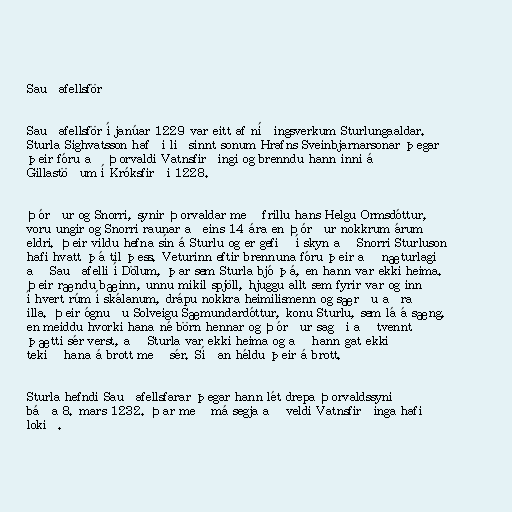
Sauðafellsför

Sauðafellsför í janúar 1229 var eitt af níðingsverkum Sturlungaaldar.
Sturla Sighvatsson hafði liðsinnt sonum Hrafns Sveinbjarnarsonar þegar
þeir fóru að Þorvaldi Vatnsfirðingi og brenndu hann inni á
Gillastöðum í Króksfirði 1228.

Þórður og Snorri, synir Þorvaldar með frillu hans Helgu Ormsdóttur,
voru ungir og Snorri raunar aðeins 14 ára en Þórður nokkrum árum
eldri. Þeir vildu hefna sín á Sturlu og er gefið í skyn að Snorri Sturluson
hafi hvatt þá til þess. Veturinn eftir brennuna fóru þeir að næturlagi
að Sauðafelli í Dölum, þar sem Sturla bjó þá, en hann var ekki heima.
Þeir rændu bæinn, unnu mikil spjöll, hjuggu allt sem fyrir var og inn
í hvert rúm í skálanum, drápu nokkra heimilismenn og særðu aðra
illa. Þeir ógnuðu Solveigu Sæmundardóttur, konu Sturlu, sem lá á sæng,
en meiddu hvorki hana né börn hennar og Þórður sagði að tvennt
þætti sér verst, að Sturla var ekki heima og að hann gat ekki
tekið hana á brott með sér. Síðan héldu þeir á brott.

Sturla hefndi Sauðafellsfarar þegar hann lét drepa Þorvaldssyni
báða 8. mars 1232. Þar með má segja að veldi Vatnsfirðinga hafi
lokið.